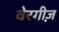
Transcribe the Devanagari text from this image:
वेरगीज़